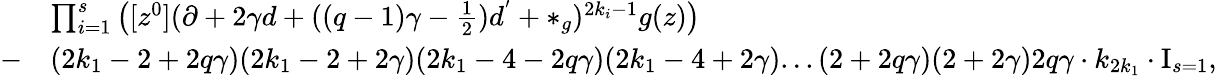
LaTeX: \begin{array}{rl}&{\prod_{i=1}^{s}\left([z^{0}](\partial+2\gamma d+((q-1)\gamma-\frac{1}{2})d^{'}+*_{g})^{2k_{i}-1}g(z)\right)}\\ {-}&{(2k_{1}-2+2q\gamma)(2k_{1}-2+2\gamma)(2k_{1}-4-2q\gamma)(2k_{1}-4+2\gamma)...(2+2q\gamma)(2+2\gamma)2q\gamma\cdot k_{2k_{1}}\cdot\mathrm{I}_{s=1},}\end{array}